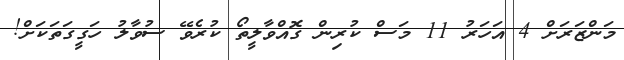
މަންޒަރަށް 4 އަހަރު 11 މަސް ކުރިން ގޮއްވާލީތޯ ކުރެވޭ ސުވާލު ހަގީގަތަކަށް!